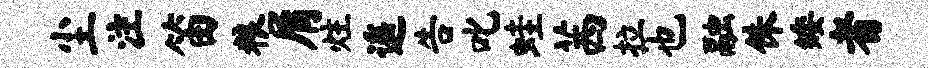
尘注笛粮屑炷遥告叱蛙茜拉也融侏矮者